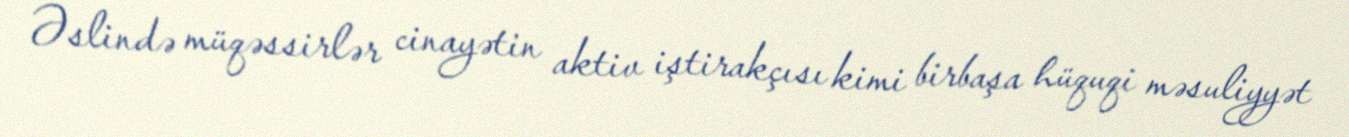
Əslində müqəssirlər cinayətin aktiv iştirakçısı kimi birbaşa hüquqi məsuliyyət